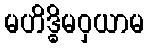
မဟိဒ္ဓိမဝှယာမ